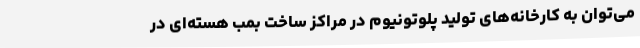
می‌توان به کارخانه‌های تولید پلوتونیوم در مراکز ساخت بمب هسته‌ای در